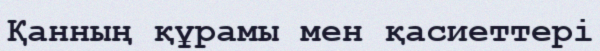
Қанның құрамы мен қасиеттері